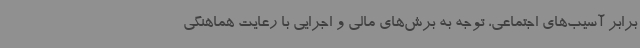
برابر آسیب‌های اجتماعی، توجه به برش‌های مالی و اجرایی با رعایت هماهنگی